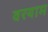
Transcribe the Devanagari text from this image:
वरयाम